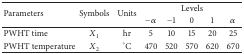
| <ROWSPAN=2> Parameters | <ROWSPAN=2> Symbols | <ROWSPAN=2> Units | <COLSPAN=5> Levels |
 | −α | −1 | 0 | 1 | α |
 | --- | --- | --- | --- | --- | --- | --- | --- |
 | PWHT time | X1 | hr | 5 | 10 | 15 | 20 | 25 |
 | PWHT temperature | X2 | °C | 470 | 520 | 570 | 620 | 670 |